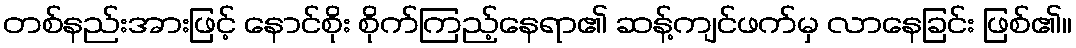
တစ်နည်းအားဖြင့် နောင်စိုး စိုက်ကြည့်နေရာ၏ ဆန့်ကျင်ဖက်မှ လာနေခြင်း ဖြစ်၏။